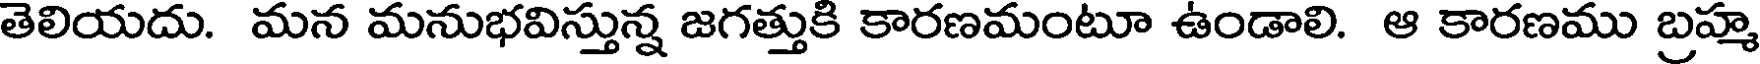
తెలియదు. మన మనుభవిస్తున్న జగత్తుకి కారణమంటూ ఉండాలి. ఆ కారణము బ్రహ్మ